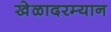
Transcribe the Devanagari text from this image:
खेळादरम्यान